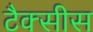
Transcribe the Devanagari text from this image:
टैक्सीस